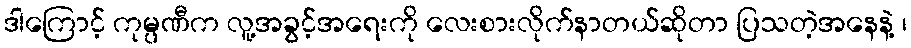
ဒါကြောင့် ကုမ္ပဏီက လူ့အခွင့်အရေးကို လေးစားလိုက်နာတယ်ဆိုတာ ပြသတဲ့အနေနဲ့ ၊